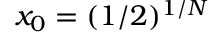
x _ { 0 } = ( 1 / 2 ) ^ { 1 / N }